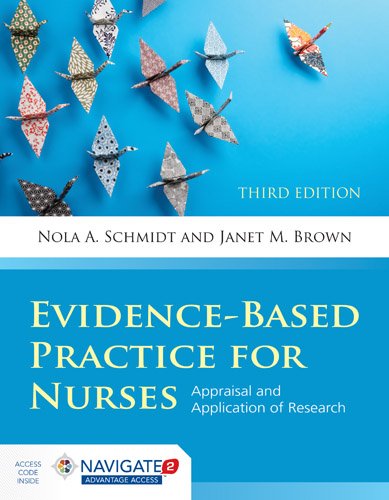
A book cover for Evidence-Based Practice For Nurses: Appraisal and Application of Research (Schmidt, Evidence Based Practice for Nurses); Nola A. Schmidt; Medical Books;